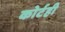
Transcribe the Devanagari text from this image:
कोर्टही